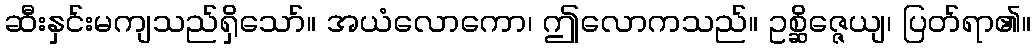
ဆီးနှင်းမကျသည်ရှိသော်။ အယံလောကော၊ ဤလောကသည်။ ဥစ္ဆိဇ္ဇေယျ၊ ပြတ်ရာ၏။